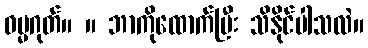
ဓမ္မဂုတ်။ ။ ဘာကိုထောက်ပြီး သိနိုင်ပါသလဲ။